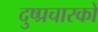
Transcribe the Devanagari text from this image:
दुष्प्रचारकों